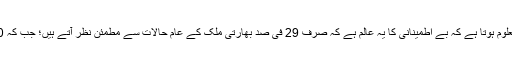
سروے سے یہ بھی معلوم ہوتا ہے کہ بے اطمینانی کا یہ عالم ہے کہ صرف 29 فی صد بھارتی ملک کے عام حالات سے مطمئن نظر آتے ہیں؛ جب کہ 70 فی صد مایوس ہیں۔